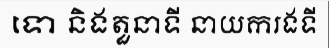
ទោ និងតួនាទី នាយករងទី